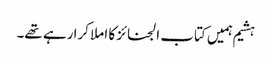
ہشیم ہمیں کتاب الجنائز کا املا کرا رہے تھے۔